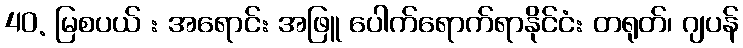
40. မြစပယ် : အရောင်: အဖြူ ပေါက်ရောက်ရာနိုင်ငံ: တရုတ်၊ ဂျပန်